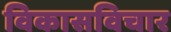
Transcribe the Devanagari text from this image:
विकासविचार